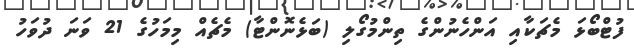
ފުޓްބޯޅަ މެޗަކާއި އަންހެނުންގެ ތިންމުގޯލި (ބަޅެނޮންޓާ) މެޗެއް މިމަހުގެ 21 ވަނަ ދުވަހު